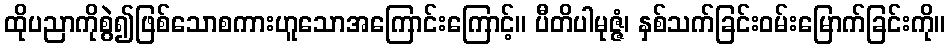
ထိုပညာကိုစွဲ၍ဖြစ်သောစကားဟူသောအကြောင်းကြောင့်။ ပီတိပါမုဇ္ဇံ၊ နှစ်သက်ခြင်းဝမ်းမြောက်ခြင်းကို။